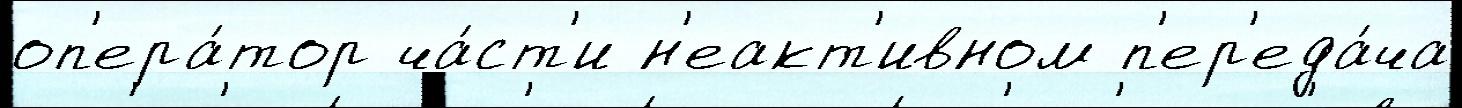
оп'ера́тор ча́ст'и н'еакт'ивном п'ер'еда́ча